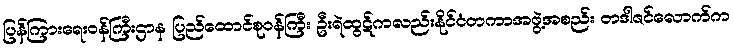
ပြန်ကြားရေးဝန်ကြီးဌာန ပြည်ထောင်စုဝန်ကြီး ဦးရဲထွဋ်ကလည်းနိုင်ငံတကာအဖွဲ့အစည်း တဒါဇင်လောက်က